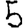
Digit: 5